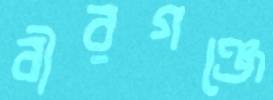
বীরগঞ্জে